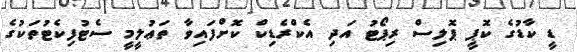
ޑީ ކާޑުގެ ކޮޕީ ޕޮލިސް ރިޕޯޓު އަދި އެކްރެޑިކް ކޮށްފައިވާ ތަޢުލީމީ ސެޓުފިކެޓުތަކުގެ